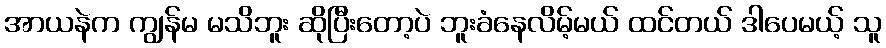
အာယနဲက ကျွန်မ မသိဘူး ဆိုပြီးတော့ပဲ ဘူးခံနေလိမ့်မယ် ထင်တယ် ဒါပေမယ့် သူ